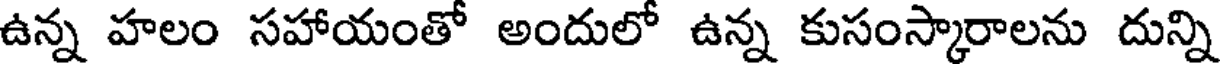
ఉన్న హలం సహాయంతో అందులో ఉన్న కుసంస్కారాలను దున్ని